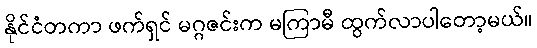
နိုင်ငံတကာ ဖက်ရှင် မဂ္ဂဇင်းက မကြာမီ ထွက်လာပါတော့မယ်။